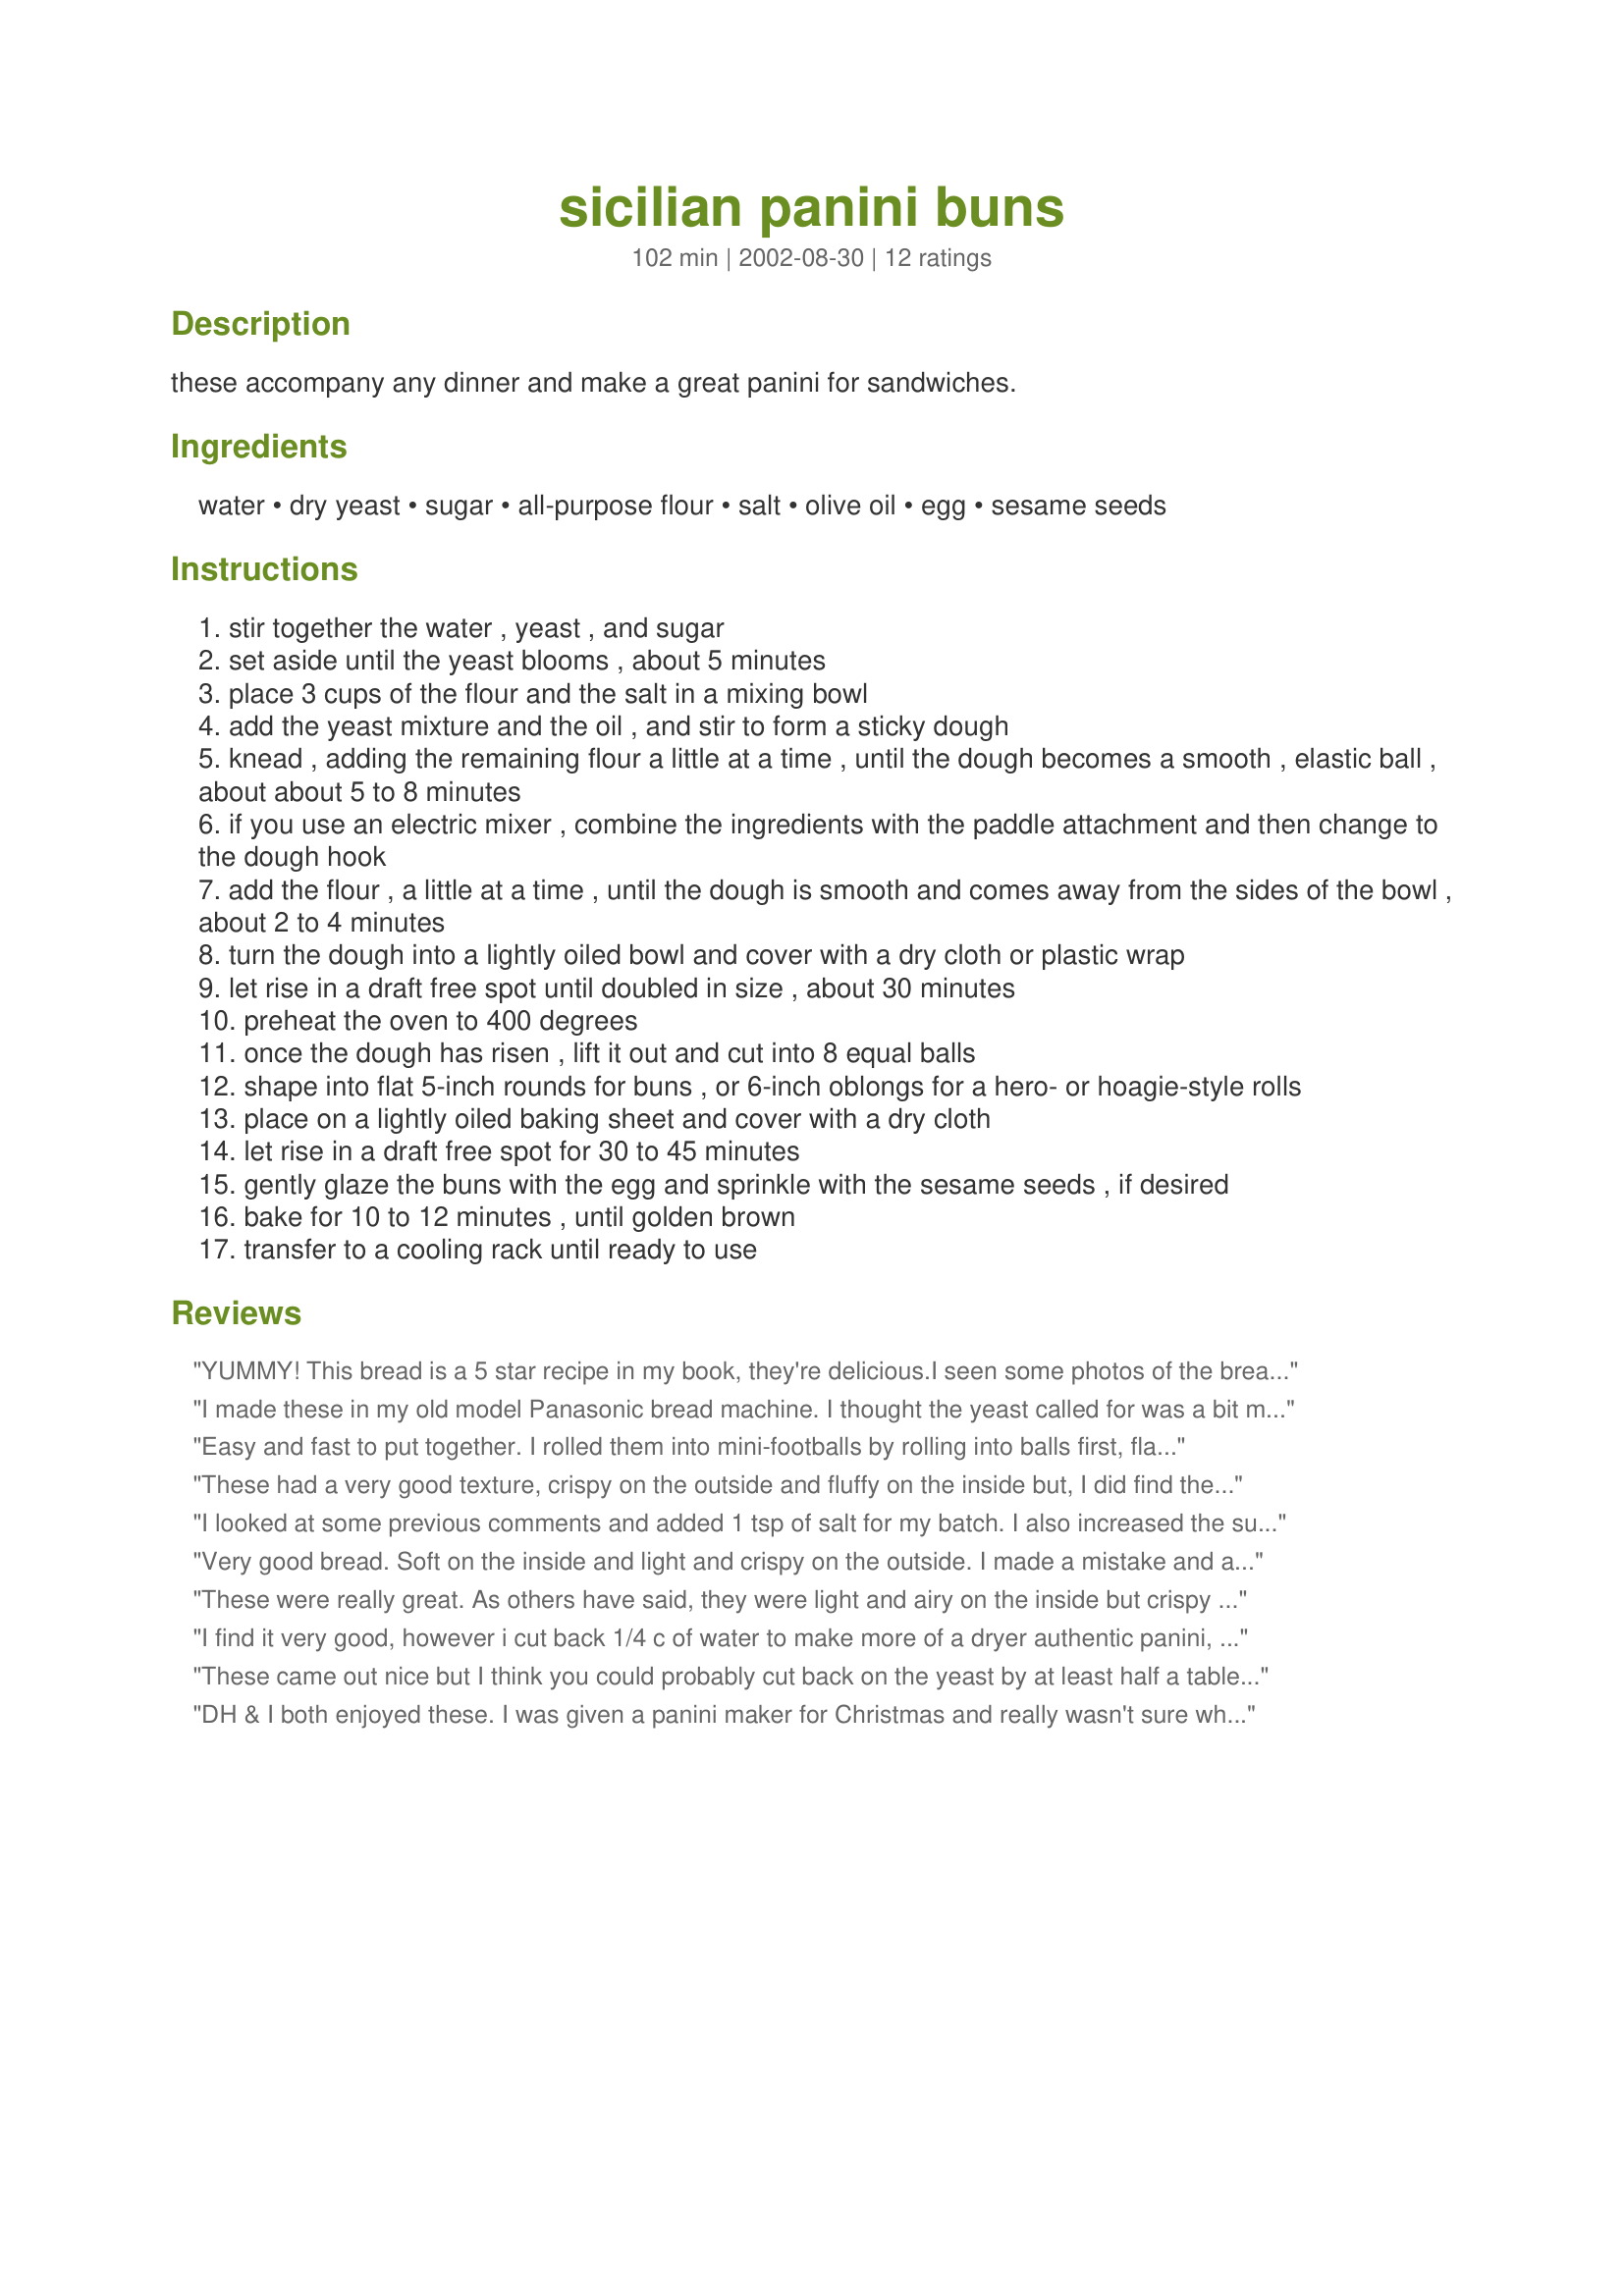
sicilian panini buns
Preparation time: 102 minutes

these accompany any dinner and make a great panini for sandwiches.

Ingredients:
water, dry yeast, sugar, all-purpose flour, salt, olive oil, egg, sesame seeds

Steps:
stir together the water , yeast , and sugar
set aside until the yeast blooms , about 5 minutes
place 3 cups of the flour and the salt in a mixing bowl
add the yeast mixture and the oil , and stir to form a sticky dough
knead , adding the remaining flour a little at a time , until the dough becomes a smooth , elastic ball , about about 5 to 8 minutes
if you use an electric mixer , combine the ingredients with the paddle attachment and then change to the dough hook
add the flour , a little at a time , until the dough is smooth and comes away from the sides of the bowl , about 2 to 4 minutes
turn the dough into a lightly oiled bowl and cover with a dry cloth or plastic wrap
let rise in a draft free spot until doubled in size , about 30 minutes
preheat the oven to 400 degrees
once the dough has risen , lift it out and cut into 8 equal balls
shape into flat 5-inch rounds for buns , or 6-inch oblongs for a hero- or hoagie-style rolls
place on a lightly oiled baking sheet and cover with a dry cloth
let rise in a draft free spot for 30 to 45 minutes
gently glaze the buns with the egg and sprinkle with the sesame seeds , if desired
bake for 10 to 12 minutes , until golden brown
transfer to a cooling rack until ready to use

Reviews:
YUMMY! This bread is a 5 star recipe in my book, they're delicious.I seen some photos of the bread in the Cooking Photos Information forum and I knew I wanted to make this recipe. I am very glad I did too.
I made mine in my bread machine,using the dough cycle and fellowed the rising procedure from there. Turned out great! 
I made hamburgers and these buns were most excellent with them. 
Thank you for sharing your recipe! Their a keeper!
I made these in my old model Panasonic bread machine. I thought the yeast called for was a bit much, so I cut it down to 2 1/4 teaspoons and increased the salt to 1 teaspoon. I was really worried when the dough was finished as it was very wet and sticky. I made them into eight buns and covered them with lightly greased plastic wrap to raise. I went to King Arthur's web site and started to read about panini dough. It is supposed to be wet and sticky! So I felt a lot better then. I didn't do the egg wash and mine didn't brown as much as those in the Pam-I-Am photo. Next time I will use the egg wash. We used Italian beef for ours and they were absolutely wonderful! nnreq, thanks for sharing your recipe!
Easy and fast to put together. I rolled them into mini-footballs by rolling into balls first, flattening the ball to a rectangular shape, then gradually tucking the seam until a short log was formed. Then rolled the log under my palms until I got my desired shape.
I tried 3 toppings; rosemary, italian seasoning, and sesame. They came out great!
These had a very good texture, crispy on the outside and fluffy on the inside but, I did find the taste a bit bland, maybe it needed more salt. I will try that next time. Thank you.
I looked at some previous comments and added 1 tsp of salt for my batch. I also increased the sugar (personal preference) to 1 Tbsp. I made my dough in the bread machine and then the 2nd rise and rolls from there. I made a goof and added the egg into the bread instead of brushing on top, but the result was great! I brushed the tops of my buns with some melted butter. It was a fantastic bun for the bbq pork I had made for dinner - recipe #28817. What a great combo!! My kids will enjoy the leftover buns to make school lunch sandwiches on. Pam
Very good bread. Soft on the inside and light and crispy on the outside. I made a mistake and added the egg in with the dough. DUH! It was suppose to be for the wash. No wonder my dough was too sticky. Even with this mistake, the bread came out great. Thank you for posting the recipe.
These were really great. As others have said, they were light and airy on the inside but crispy on the outside. I used my bread machine to mix and for the first rise.
I find it very good, however i cut back 1/4 c of water to make more of a dryer authentic panini, in doing this it is a little harder to knead the bread but reuslts are worth it, its also better to give your yeast a good twenty min and let your yeast work just sprinkle in warm sugar water and dont stir it till your ready to add to flour ...
These came out nice but I think you could probably cut back on the yeast by at least half a tablespoon. The bread came out slightly yeasty tasting and I've never seen dough rise as fast as this one did! I didn't use the eggwash or sesame seeds for mine and they came out nice - fluffy on the inside and a thin slightly crisp crust on the outside which crisped up even further in my contact grill that I use for my toasted sandwiches.
DH & I both enjoyed these. I was given a panini maker for Christmas and really wasn't sure what I would use it for other thangrilled cheese or tuna melts. These rolls make wonderful sandwiches. My fav is turkey & cheddar. I used ABM but tomorrow I will try it as directed. Thanks for a great recipe.
these turned out light and fluffy.
tasted great.
i did change the recipe.
i replaced 1 cup of flour for 1 cup of semolina. made them a bit more tasty and moorish.
i found that the ones which did not get the egg wash rose better and were lighter to eat.
This is a great recipe. Like some of the others, I used my breadmaker to make the dough, then followed the directions from there. I shaped mine into hoagie style to make meatball subs. Thanks for a great recipe!
